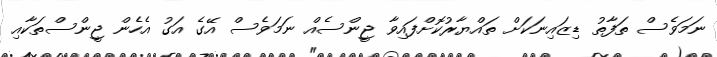
ނަމަވެސް ތަފާތު ޑިޒައިނަކަށް ތައްޔާރުކޮށްފައިވާ ޖީންސެއް ނަމަވެސް އޭގެ އަގު އެހެން ޖީންސްތަކާއި